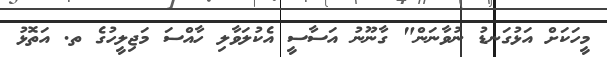
މީހަކަށް އަޅުގަނޑު ނުވާނަން" ގާނޫނު އަސާސީ އެކުލަވާލި ހާއްސަ މަޖިލީހުގެ ތ. އަތޮޅު